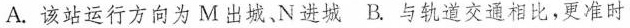
A. 该站运行方向为 M 出城、N 进城 B. 与轨道交通相比，更准时